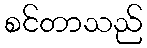
စင်တာသည်